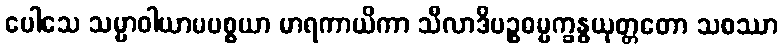
ပေါသေ သမ္မာဝါယာမပစ္စယာ မာရကာယိကာ သီလာဒိပဉ္စဓမ္မက္ခန္ဓယုတ္တတော သစဿာ